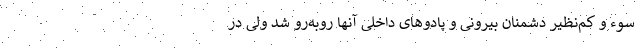
سوء و کم‌نظیر دشمنان بیرونی و پادوهای داخلی آنها رو‌به‌رو شد ولی در